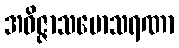
အဝိဇ္ဇာသမောသရဏာ